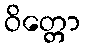
ဝိတ္တော